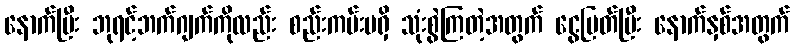
နောက်ပြီး ဘုရင့်ဘက်ဂျက်ကိုလည်း စည်းကမ်းမရှိ သုံးစွဲကြတဲ့အတွက် ငွေပြတ်ပြီး နောက်နှစ်အတွက်